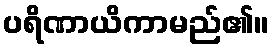
ပရိဏာယိကာမည်၏။